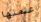
علمتها